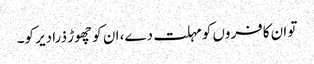
تو ان کافروں کو مہلت دے، ان کو چھوڑ ذرا دیر کو۔